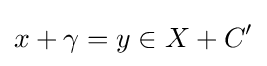
x+\gamma =y\in X+C'